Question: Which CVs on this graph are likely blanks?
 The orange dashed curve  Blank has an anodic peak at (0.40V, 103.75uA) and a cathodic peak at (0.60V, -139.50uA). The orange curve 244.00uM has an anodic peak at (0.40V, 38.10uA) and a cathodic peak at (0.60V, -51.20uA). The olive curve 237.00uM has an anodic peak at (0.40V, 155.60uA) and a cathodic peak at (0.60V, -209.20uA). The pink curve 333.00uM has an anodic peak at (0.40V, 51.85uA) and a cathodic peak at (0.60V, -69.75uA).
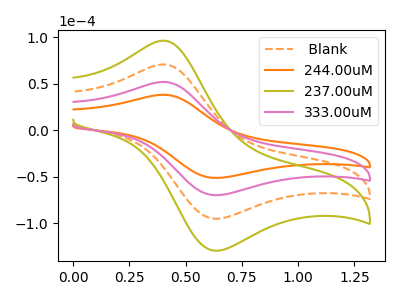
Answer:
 <answer>There are not any CV's on this graph that are likely to be blanks.</answer>
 <eval>none</eval>